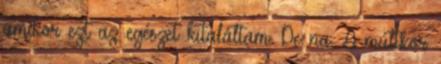
amikor ezt az egészet kitaláltam. De na. A múltkor